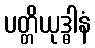
ပတ္တိယုဒ္ဓါနံ